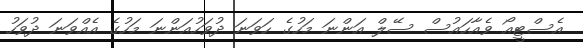
އެސްޓީއޯ ވެއާހައުސް ސޭލް އަންނަ މަހުގެ ހަވަނަ ދުވަހުއަންނަ މަހުގެ އެއްވަނަ ދުވަހު